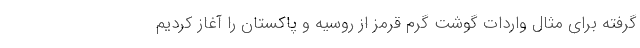
گرفته برای مثال واردات گوشت گرم قرمز از روسیه و پاکستان را آغاز کردیم